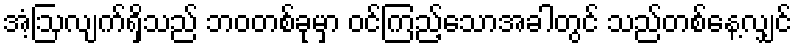
အံ့ဩလျက်ရှိသည် ဘဝတစ်ခုမှာ ဝင်ကြည့်သောအခါတွင် သည်တစ်နေ့လျှင်